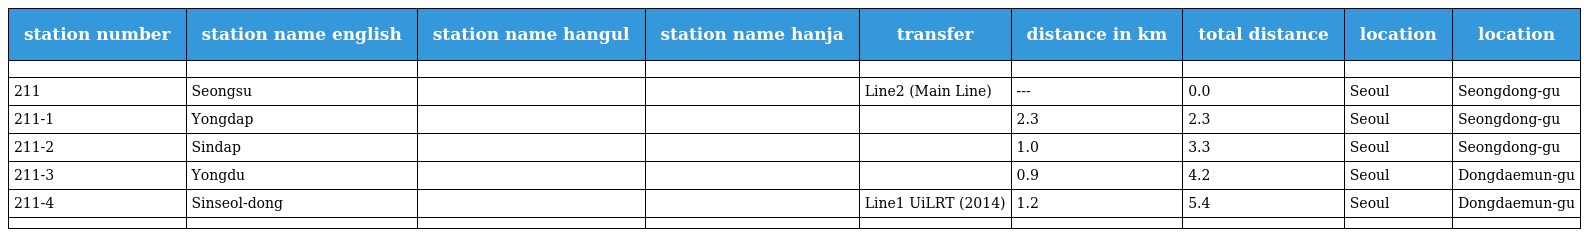
| station number | station name english | station name hangul | station name hanja | transfer | distance in km | total distance | location | location |
 | --- | --- | --- | --- | --- | --- | --- | --- | --- |
 |  |  |  |  |  |  |  |  |  |
 | 211 | Seongsu | 성수 | 聖 水 | Line2 (Main Line) | --- | 0.0 | Seoul | Seongdong-gu |
 | 211-1 | Yongdap | 용답 | 龍 踏 |  | 2.3 | 2.3 | Seoul | Seongdong-gu |
 | 211-2 | Sindap | 신답 | 新 踏 |  | 1.0 | 3.3 | Seoul | Seongdong-gu |
 | 211-3 | Yongdu | 용두 | 龍 頭 |  | 0.9 | 4.2 | Seoul | Dongdaemun-gu |
 | 211-4 | Sinseol-dong | 신설동 | 新 設 洞 | Line1 UiLRT (2014) | 1.2 | 5.4 | Seoul | Dongdaemun-gu |
 |  |  |  |  |  |  |  |  |  |